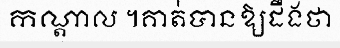
កណ្តាល ។គាត់បានឱ្យដឹងថា